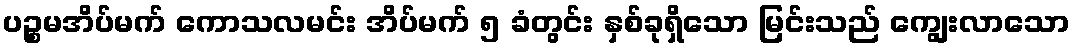
ပဉ္စမအိပ်မက် ကောသလမင်း အိပ်မက် ၅ ခံတွင်း နှစ်ခုရှိသော မြင်းသည် ကျွေးလာသော